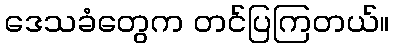
ဒေသခံတွေက တင်ပြကြတယ်။